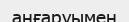
аңғаруымен